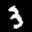
Label: 3